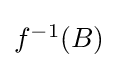
\textstyle f^{-1}(B)